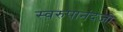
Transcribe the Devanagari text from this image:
स्वरुपानंदजी